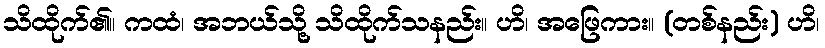
သိထိုက်၏။ ကထံ၊ အဘယ်သို့ သိထိုက်သနည်း။ ဟိ၊ အဖြေကား။ (တစ်နည်း) ဟိ၊